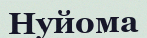
Нуйома